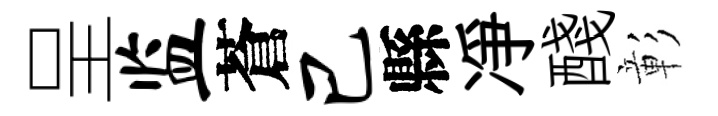
呈监蒼己縣凈醆彰